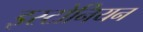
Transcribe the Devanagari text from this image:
इस्टोनियन